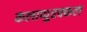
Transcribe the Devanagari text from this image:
कलाप्पुरक्कल